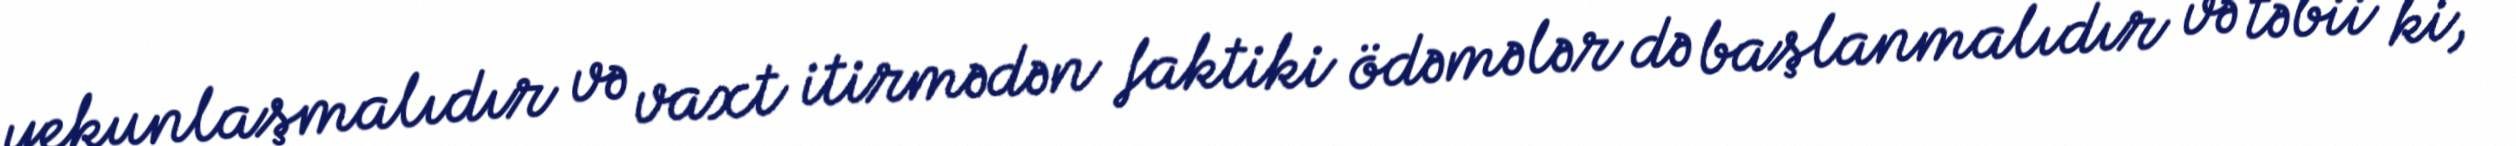
yekunlaşmalıdır və vaxt itirmədən faktiki ödəmələr də başlanmalıdır və təbii ki,